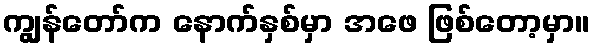
ကျွန်တော်က နောက်နှစ်မှာ အဖေ ဖြစ်တော့မှာ။